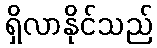
ရှိလာနိုင်သည်